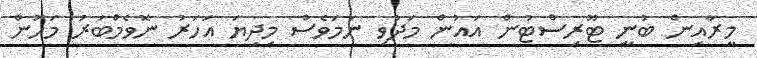
މީރާއިން ބުނީ ޓޫރިސްޓުން އައުން މަދުވި ނަމަވެސް މިދިޔަ އަހަރު ނޮވެމްބަރު މަހުން